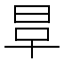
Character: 𣆉